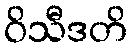
ဝိသီဒတိ